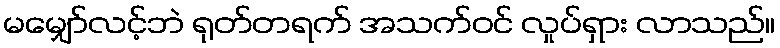
မမျှော်လင့်ဘဲ ရုတ်တရက် အသက်ဝင် လှုပ်ရှား လာသည်။